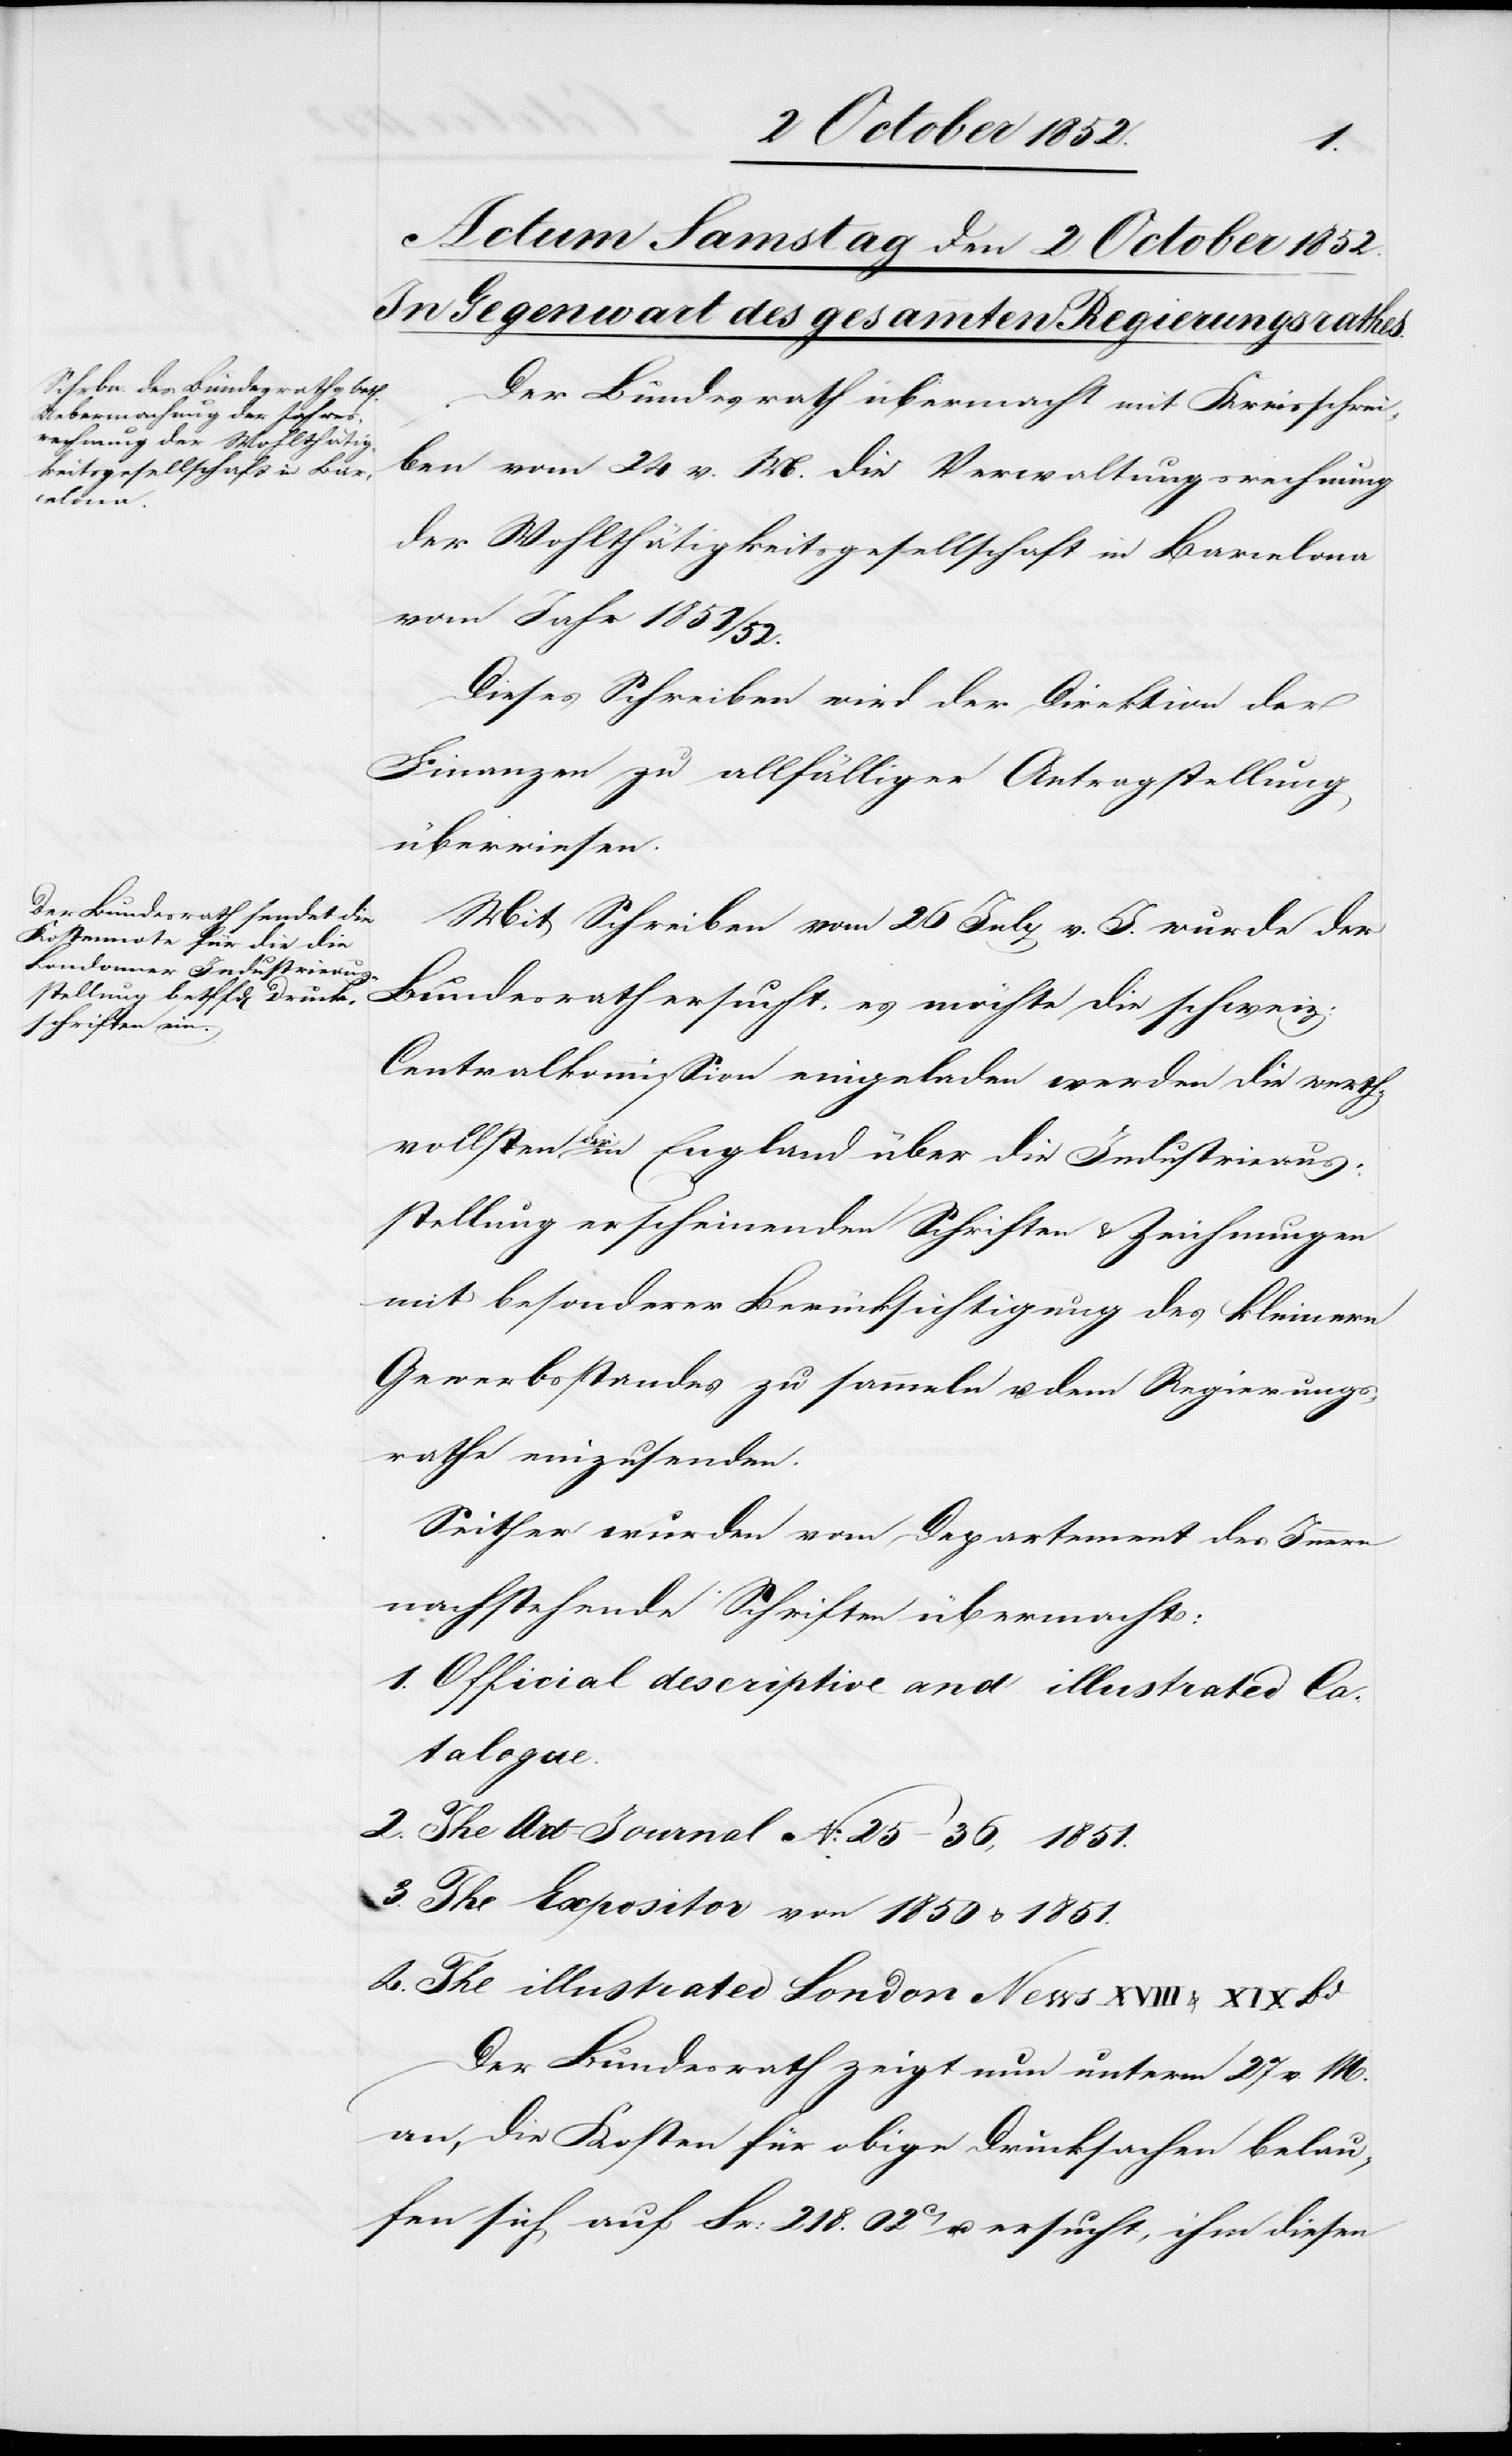
Der Bundesrath übermacht mit Kreisschrei¬
ben vom 24 v. M. die Verwaltungsrechnung
der Wohlthätigkeitsgesellschaft in Barcelona
vom Jahr 1851/52.
Dieses Schreiben wird der Direktion der
Finanzen zu allfälliger Antragstellung
überwiesen.
Mit Schreiben vom 26 July v. J. wurde der
Bundesrath ersucht, es möchte die schweiz:
Centralkommission eingeladen werden die werth¬
vollsten der in England über die Industrieaus¬
stellung erscheinenden Schriften & Zeichnungen
mit besonderer Berücksichtigung des kleinern
Gewerbsstandes zu sammeln u. dem Regierungs¬
rathe einzusenden.
Seither wurden vom Departement des Innern
nachstehende Schriften übermacht:
1. Official descriptive and illustrated Ca¬
talogue.
2. The Art-Journal No. 25–36, 1851.
3. The Expositor von 1850 & 1851.
4. The illustrated London News XVIII
Der Bundesrath zeigt nun unterm 27 v. M.
an, die Kosten für obige Drucksachen belau¬
fen sich auf Fr: 218. 02C u. ersucht, ihm diesen